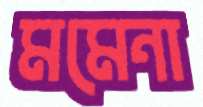
মমেনা